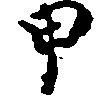
甲